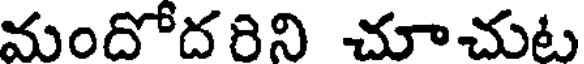
మందోదరిని చూచుట